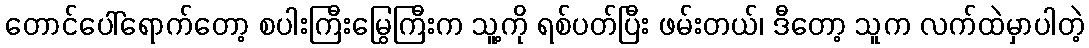
တောင်ပေါ်ရောက်တော့ စပါးကြီးမြွေကြီးက သူ့ကို ရစ်ပတ်ပြီး ဖမ်းတယ်၊ ဒီတော့ သူက လက်ထဲမှာပါတဲ့